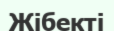
Жібекті